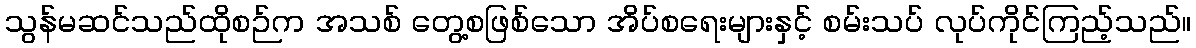
သွန်မဆင်သည်ထိုစဉ်က အသစ် တွေ့စဖြစ်သော အိပ်စရေးများနှင့် စမ်းသပ် လုပ်ကိုင်ကြည့်သည်။